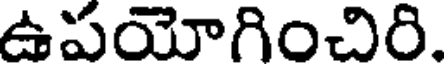
ఉపయోగించిరి.